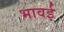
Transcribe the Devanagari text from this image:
भावई